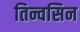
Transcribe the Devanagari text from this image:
तिन्वसिन